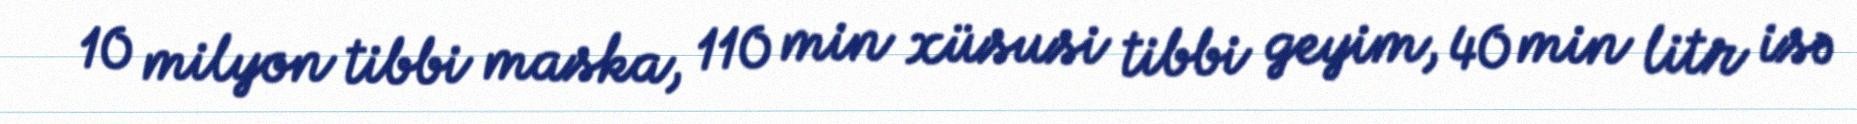
10 milyon tibbi maska, 110 min xüsusi tibbi geyim, 40 min litr isə